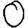
Digit: 0